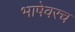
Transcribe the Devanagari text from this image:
भाषेवरच